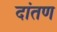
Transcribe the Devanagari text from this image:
दांतण